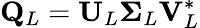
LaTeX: \mathbf{Q}_{L}=\mathbf{U}_{L}\boldsymbol{\Sigma}_{L}\mathbf{V}_{L}^{*}